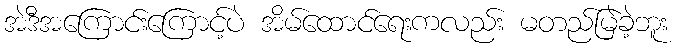
အဲဒီအကြောင်းကြောင့်ပဲ အိမ်ထောင်ရေးကလည်း မတည်မြဲခဲ့ဘူး